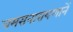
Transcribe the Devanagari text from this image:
चमसनारायणानें